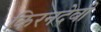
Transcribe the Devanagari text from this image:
किरनदेवी